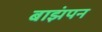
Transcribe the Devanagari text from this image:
बाझंपन